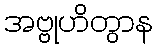
အဗ္ဗုဟိတွာန